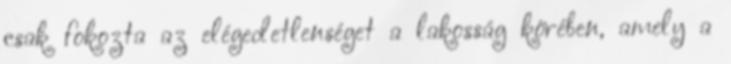
csak fokozta az elégedetlenséget a lakosság körében, amely a